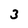
Character: 3